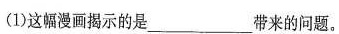
(1)这幅漫画揭示的是___带来的问题。